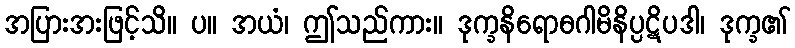
အပြားအးဖြင့်သိ။ ပ။ အယံ၊ ဤသည်ကား။ ဒုက္ခနိရောဓဂါမိနိပ္ပဋိပဒါ၊ ဒုက္ခ၏